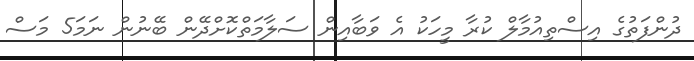
ދުންފަތުގެ އިސްތިއުމާލް ކުރާ މީހަކު އެ ވަބާއިން ސަލާމަތްކޮށްދޭން ބޭނުން ނަމަ5 މަސް